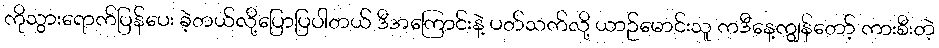
ကိုသွားရောက်ပြန်ပေး ခဲ့တယ်လို့ပြောပြပါတယ် ဒီအကြောင်းနဲ့ ပတ်သက်လို့ ယာဉ်မောင်းသူ ကဒီနေ့ကျွန်တော့် ကားစီးတဲ့